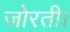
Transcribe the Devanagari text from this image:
जोरती।